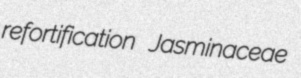
refortification Jasminaceae